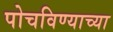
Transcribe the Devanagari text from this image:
पोचविण्याच्या